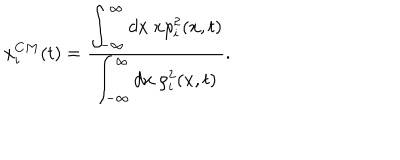
LaTeX: x _ { i } ^ { C M } ( t ) = \frac { \displaystyle { \int _ { - \infty } ^ { \infty } d x ~ x \rho _ { i } ^ { 2 } ( x , t ) } } { \displaystyle { \int _ { - \infty } ^ { \infty } d x ~ \rho _ { i } ^ { 2 } ( x , t ) } } .